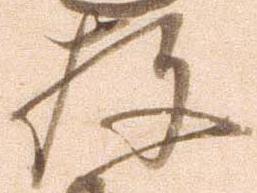
存